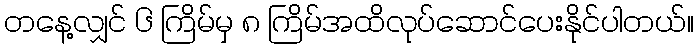
တနေ့လျှင် ၆ ကြိမ်မှ ၈ ကြိမ်အထိလုပ်ဆောင်ပေးနိုင်ပါတယ်။